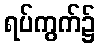
ရပ်ကွက်၌